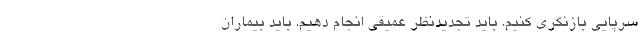
سرپایی بازنگری کنیم. باید تجدیدنظر عمیقی انجام دهیم. باید بیماران